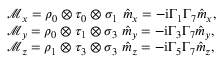
\begin{array} { r l } & { \mathcal { M } _ { x } = \rho _ { 0 } \otimes \tau _ { 0 } \otimes \sigma _ { 1 } \ \hat { m } _ { x } = - \mathrm { i } \Gamma _ { 1 } \Gamma _ { 7 } \hat { m } _ { x } , } \\ & { \mathcal { M } _ { y } = \rho _ { 0 } \otimes \tau _ { 1 } \otimes \sigma _ { 3 } \ \hat { m } _ { y } = - \mathrm { i } \Gamma _ { 3 } \Gamma _ { 7 } \hat { m } _ { y } , } \\ & { \mathcal { M } _ { z } = \rho _ { 1 } \otimes \tau _ { 3 } \otimes \sigma _ { 3 } \ \hat { m } _ { z } = - \mathrm { i } \Gamma _ { 5 } \Gamma _ { 7 } \hat { m } _ { z } , } \end{array}